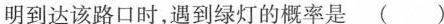
明到达该路口时，遇到绿灯的概率是( )